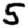
Digit: 5